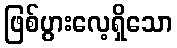
ဖြစ်ပွားလေ့ရှိသော